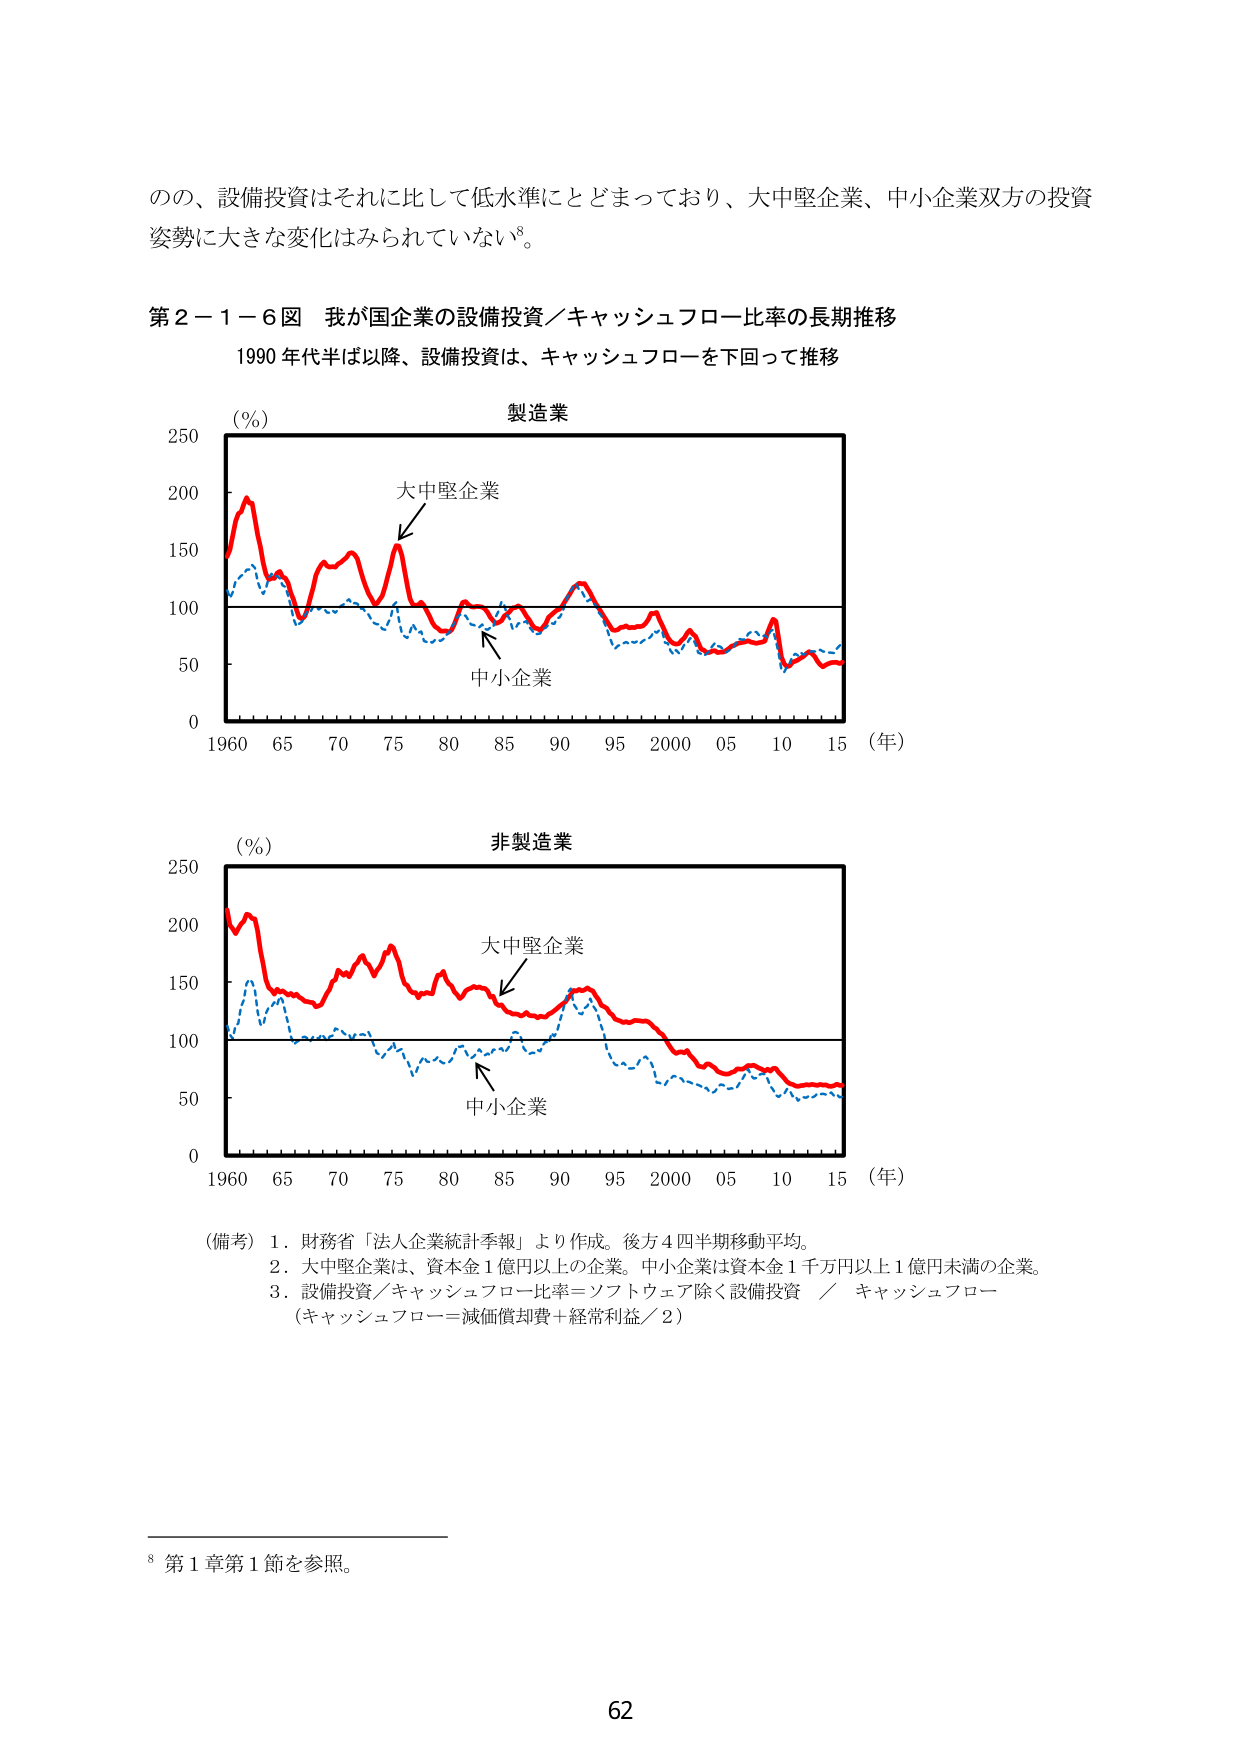
のの、設備投資はそれに比して低水準にとどまっており、大中堅企業、中小企業双方の投資姿勢に大きな変化はみられていない⁸。

第２－１－６図 我が国企業の設備投資／キャッシュフロー比率の長期推移
1990年代半ば以降、設備投資は、キャッシュフローを下回って推移

（％）
製造業
大中堅企業
中小企業
0 50 100 150 200 250
1960 65 70 75 80 85 90 95 2000 05 10 15 （年）

（％）
非製造業
大中堅企業
中小企業
0 50 100 150 200 250
1960 65 70 75 80 85 90 95 2000 05 10 15 （年）

（備考）１．財務省「法人企業統計季報」より作成。後方４四半期移動平均。
　　　２．大中堅企業は、資本金１億円以上の企業。中小企業は資本金１千万円以上１億円未満の企業。
　　　３．設備投資／キャッシュフロー比率＝ソフトウェア除く設備投資 ／ キャッシュフロー
　　　　（キャッシュフロー＝減価償却費＋経常利益／２）

⁸ 第１章第１節を参照。

62